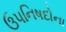
ઉપનિષદોના